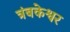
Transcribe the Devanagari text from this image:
त्रंबकेश्वर